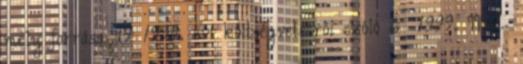
mely forrása az 1999. évi költségvetésről szóló 6 1999. III.2.